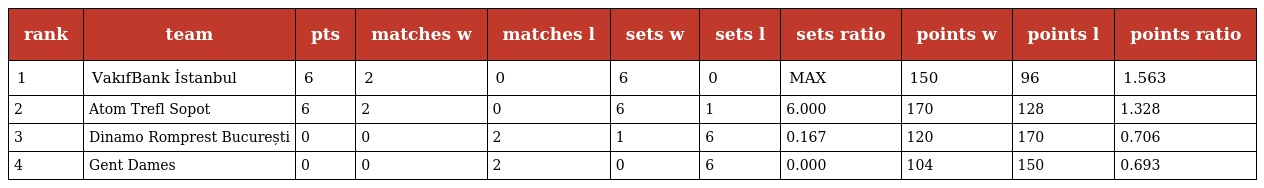
| rank | team | pts | matches w | matches l | sets w | sets l | sets ratio | points w | points l | points ratio |
 | --- | --- | --- | --- | --- | --- | --- | --- | --- | --- | --- |
 | 1 | VakıfBank İstanbul | 6 | 2 | 0 | 6 | 0 | MAX | 150 | 96 | 1.563 |
 | 2 | Atom Trefl Sopot | 6 | 2 | 0 | 6 | 1 | 6.000 | 170 | 128 | 1.328 |
 | 3 | Dinamo Romprest București | 0 | 0 | 2 | 1 | 6 | 0.167 | 120 | 170 | 0.706 |
 | 4 | Gent Dames | 0 | 0 | 2 | 0 | 6 | 0.000 | 104 | 150 | 0.693 |